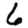
Digit: 6